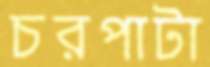
চরপাটা